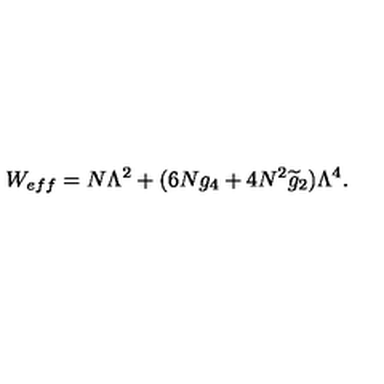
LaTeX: W _ { e f f } = N \Lambda ^ { 2 } + ( 6 N g _ { 4 } + 4 N ^ { 2 } \widetilde { g } _ { 2 } ) \Lambda ^ { 4 } .